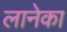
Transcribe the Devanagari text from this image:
लानेका